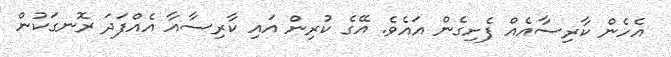
އެހެން ކާރިސާއެއް ފެށިގެން އައެވެ. އޭގެ ކުރިން އައި ކާރިސާއާ އެއްފަދަ ރޮނގަކުން